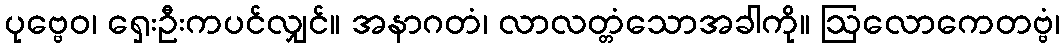
ပုဗ္ဗေဝ၊ ရှေးဦးကပင်လျှင်။ အနာဂတံ၊ လာလတ္တံသောအခါကို။ ဩလောကေတဗ္ဗံ၊